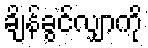
ချိန်ခွင်လျှာကို